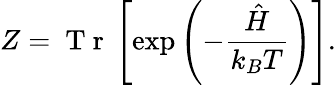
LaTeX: Z=\mathrm{~T~r~}\left[\exp\left(-\frac{\hat{H}}{k_{B}T}\right)\right].